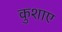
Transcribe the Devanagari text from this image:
कुशाए